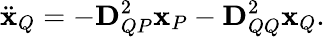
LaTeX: \ddot{\mathbf{x}}_{Q}=-\mathbf{D}_{QP}^{2}\mathbf{x}_{P}-\mathbf{D}_{QQ}^{2}\mathbf{x}_{Q}.